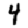
Digit: 4